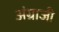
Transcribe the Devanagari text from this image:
अंग्राजी